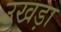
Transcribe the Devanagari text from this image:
उखड़ा